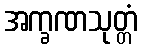
အက္ခဏသုတ္တံ